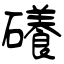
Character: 礢